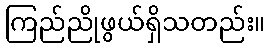
ကြည်ညိုဖွယ်ရှိသတည်း။